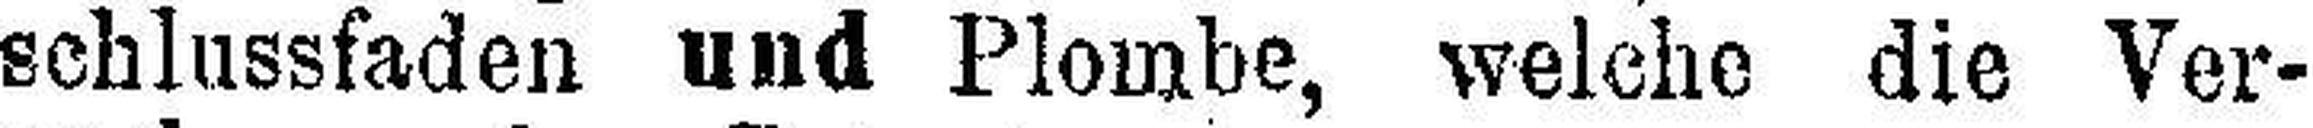
schlussfaden und Plombe, welche die Ver¬